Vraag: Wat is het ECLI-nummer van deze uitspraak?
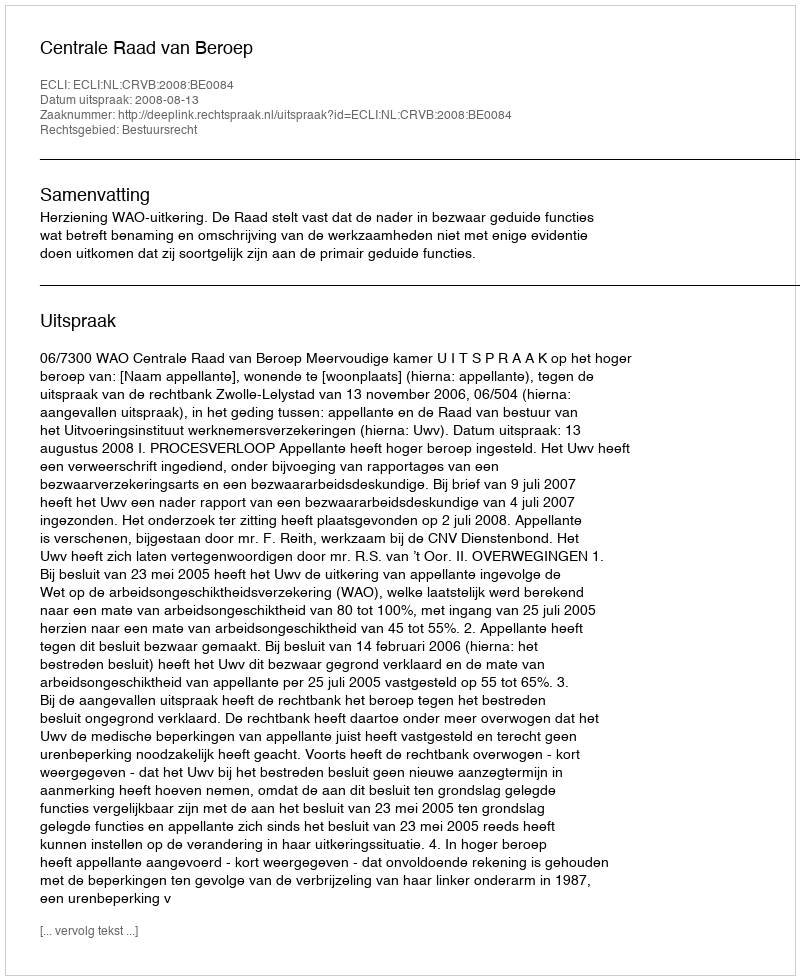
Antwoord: ECLI:NL:CRVB:2008:BE0084